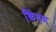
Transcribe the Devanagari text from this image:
किंदण